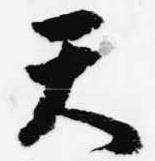
天